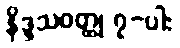
နိဒ္ဒသဝတ္ထု ၇-ပါး